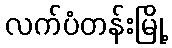
လက်ပံတန်းမြို့